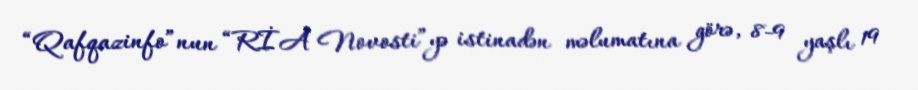
“Qafqazinfo”nun “RİA Novosti”yə istinadən məlumatına görə, 8-9 yaşlı 19